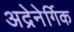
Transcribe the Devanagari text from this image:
अद्रेनेर्गिक